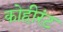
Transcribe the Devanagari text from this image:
कोहीरंट